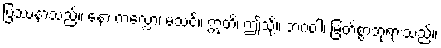
ပြဿနာသည်။ နော ကလ္လော၊ မသင့်။ ဣတိ၊ ဤသို့။ ဘဂဝါ၊ မြတ်စွာဘုရားသည်။